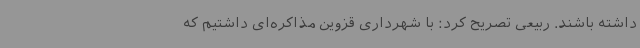
داشته باشند. ربیعی تصریح کرد: با شهرداری قزوین مذاکره‌ای داشتیم که